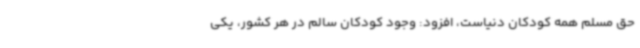
حق مسلم همه کودکان دنیاست، افزود: وجود کودکان سالم در هر کشور، یکی